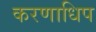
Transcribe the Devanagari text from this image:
करणाधिप